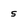
Character: s